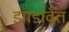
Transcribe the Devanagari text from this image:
झाडावेत